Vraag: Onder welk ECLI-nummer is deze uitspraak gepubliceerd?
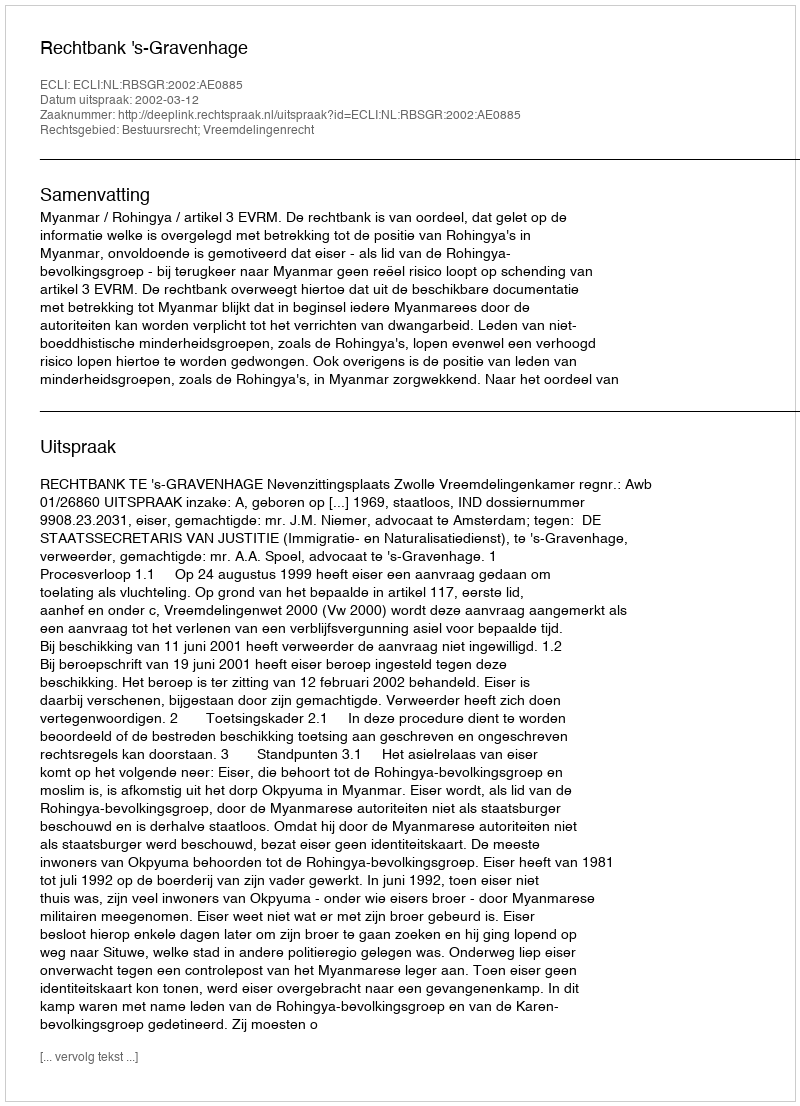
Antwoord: ECLI:NL:RBSGR:2002:AE0885